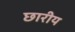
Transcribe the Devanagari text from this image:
छारीय